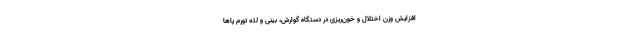
افزایش وزن اختلال و خون‌ریزی در دستگاه گوارش، بینی و لثه تورم پا‌ها